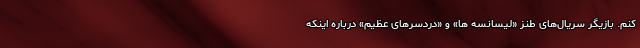
کنم. بازیگر سریال‌های طنز «لیسانسه ها» و «دردسر‌های عظیم» درباره اینکه